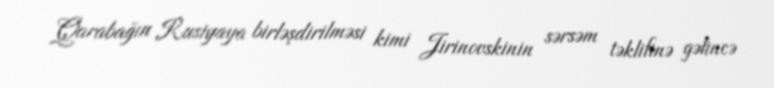
Qarabağın Rusiyaya birləşdirilməsi kimi Jirinovskinin sərsəm təklifinə gəlincə